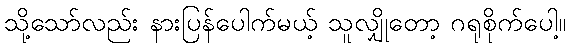
သို့သော်လည်း နားပြန်ပေါက်မယ့် သူလျှိုတော့ ဂရုစိုက်ပေါ့။